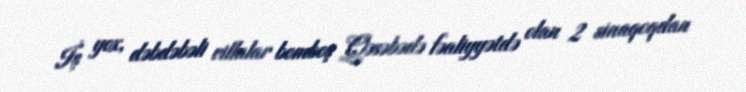
İş yox, dəbdəbəli villalar bomboş Qəsəbədə fəaliyyətdə olan 2 sinaqoqdan